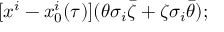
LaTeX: [ x ^ { i } - x _ { 0 } ^ { i } ( \tau ) ] ( \theta \sigma _ { i } \bar { \zeta } + \zeta \sigma _ { i } \bar { \theta } ) ;